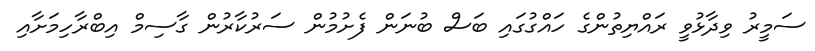
ސަމީރު ވިދާޅުވީ ރައްޔިތުންގެ ހައްގުގައި ބަސް ބުނަން ފެށުމުން ސަރުކާރުން ގާސިމް އިބްރާހިމަށާއި